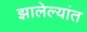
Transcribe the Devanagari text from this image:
झालेल्यांत